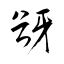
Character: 谺